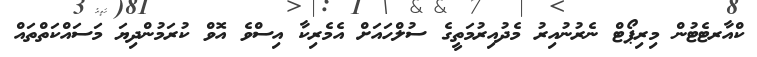
ކްއާރޓެޓުން މިރިޕޯޓް ނެރުނުއިރު މެދުއިރުމަތީގެ ސުލްހައަށް އެމެރިކާ އިސްވެ އޮވް ކުރަމުންދިޔަ މަސައްކަތްތައް